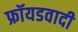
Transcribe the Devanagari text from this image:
फ्रॉयडवादी